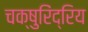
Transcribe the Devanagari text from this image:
चक्षुरिंद्रिय